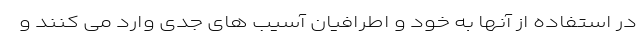
در استفاده از آنها به خود و اطرافیان آسیب های جدی وارد می کنند و